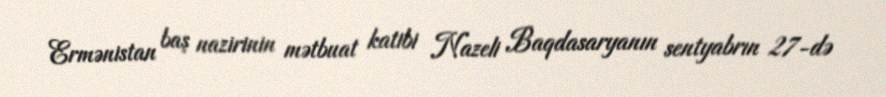
Ermənistan baş nazirinin mətbuat katibi Nazeli Baqdasaryanın sentyabrın 27-də